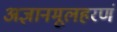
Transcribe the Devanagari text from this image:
अज्ञानमूलहरणं